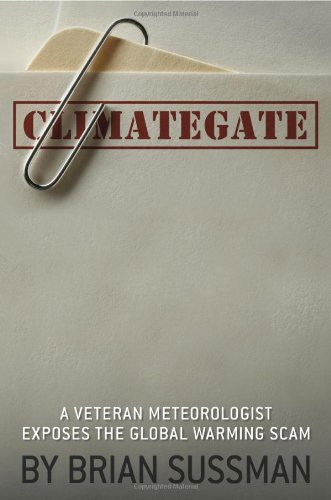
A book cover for Climategate: A Veteran Meteorologist Exposes the Global Warming Scam; Brian Sussman; Science & Math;